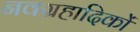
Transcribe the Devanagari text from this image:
नवग्रहादिकों